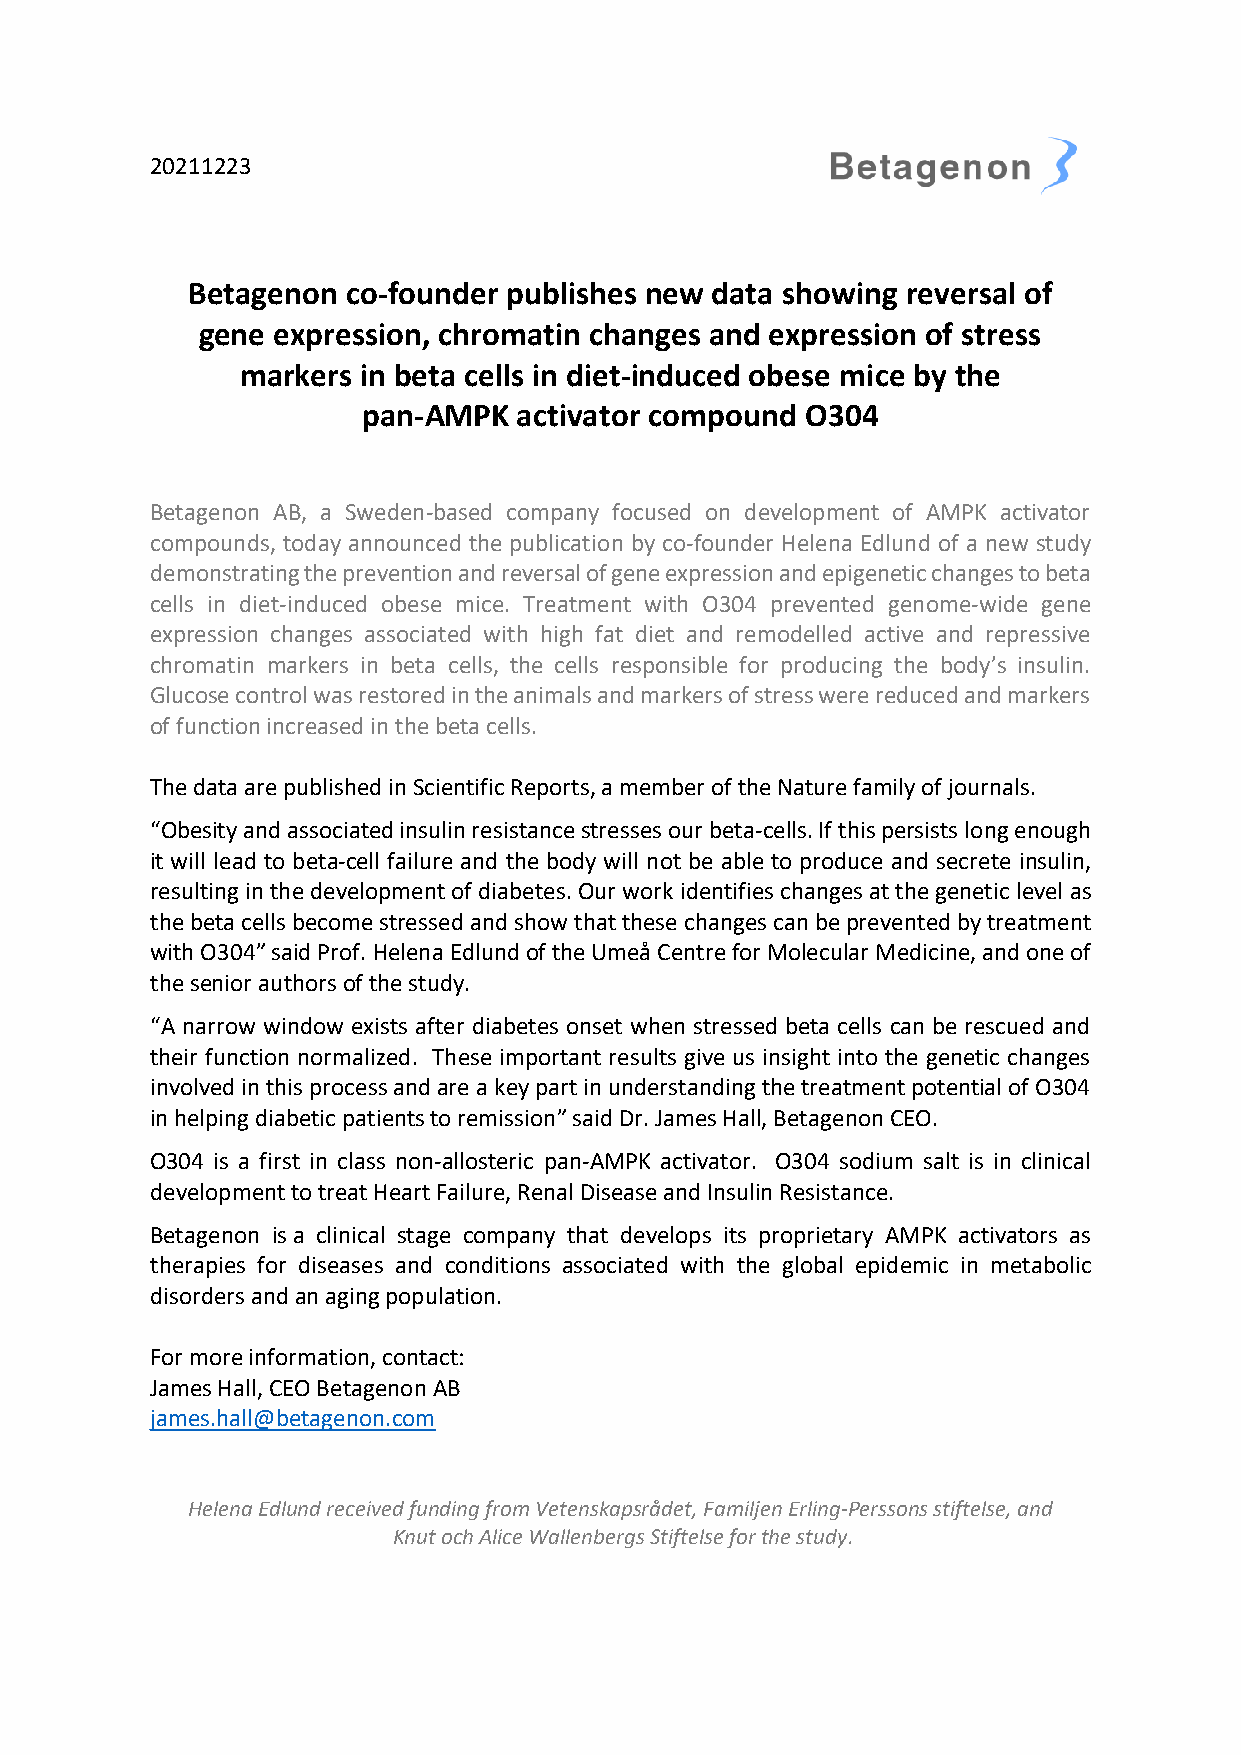
20211223
 Betagenon  co-founder publishes new data showing reversal of
 gene expression, chromatin changes and expression of stress
 markers in beta cells in diet-induced obese mice by the
 pan-AMPK  activator compound O304
 Betagenon AB, a Sweden-based company focused on development of AMPK activator
 compounds, today announced the publication by co-founder Helena Edlund of a new study
 demonstrating the prevention and reversal of gene expression and epigenetic changes to beta
 cells in diet-induced obese mice. Treatment with O304 prevented genome-wide gene
 expression changes associated with high fat diet and remodelled active and repressive
 chromatin markers in beta cells, the cells responsible for producing the body’s insulin.
 Glucose control was restored in the animals and markers of stress were reduced and markers
 of function increased in the beta cells.
 The data are published in Scientific Reports, a member of the Nature family of journals.
 “Obesity and associated insulin resistance stresses our beta-cells. If this persists long enough
 it will lead to beta-cell failure and the body will not be able to produce and secrete insulin,
 resulting in the development of diabetes. Our work identifies changes at the genetic level as
 the beta cells become stressed and show that these changes can be prevented by treatment
 with O304” said Prof. Helena Edlund of the Umeå Centre for Molecular Medicine, and one of
 the senior authors of the study.
 “A narrow window exists after diabetes onset when stressed beta cells can be rescued and
 their function normalized. These important results give us insight into the genetic changes
 involved in this process and are a key part in understanding the treatment potential of O304
 in helping diabetic patients to remission” said Dr. James Hall, Betagenon CEO.
 O304 is a first in class non-allosteric pan-AMPK activator. O304 sodium salt is in clinical
 development to treat Heart Failure, Renal Disease and Insulin Resistance.
 Betagenon is a clinical stage company that develops its proprietary AMPK activators as
 therapies for diseases and conditions associated with the global epidemic in metabolic
 disorders and an aging population.
 For more information, contact:
 James Hall, CEO Betagenon AB
 james.hall@betagenon.com
 Helena Edlund received funding from Vetenskapsrådet, Familjen Erling-Perssons stiftelse, and
 Knut och Alice Wallenbergs Stiftelse for the study.